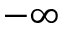
- \infty